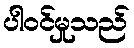
ပါဝင်မှုသည်